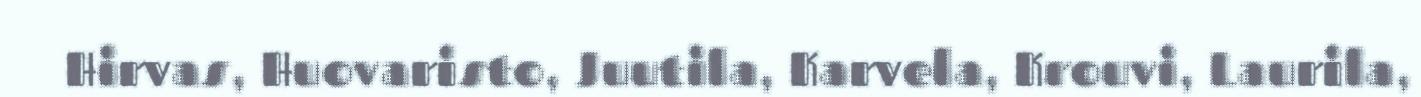
Hirvas, Huovaristo, Juutila, Karvela, Krouvi, Laurila,